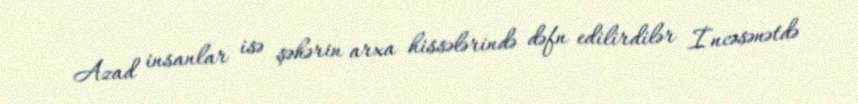
Azad insanlar isə şəhərin arxa hissələrində dəfn edilirdilər İncəsənətdə